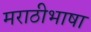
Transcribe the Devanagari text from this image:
मराठीभाषा